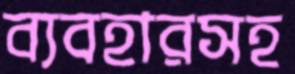
ব্যবহারসহ